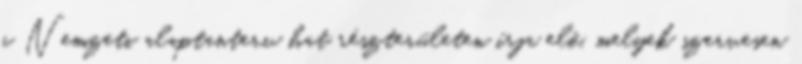
a Nemzeti alaptanterv hat részterületen írja elő, melyek szervesen